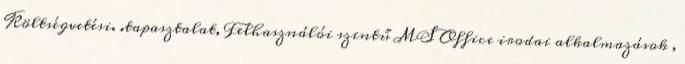
Költségvetési. .tapasztalat, Felhasználói szintű MS Office irodai alkalmazások ,